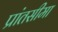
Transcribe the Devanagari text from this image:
प्रांतसीमा